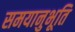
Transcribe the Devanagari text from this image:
समयानुभूति